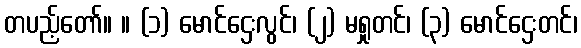
တပည့်တော်။ ။ (၁) မောင်ဌေးလွင်၊ (၂) မရှုတင်၊ (၃) မောင်ဌေးတင်၊